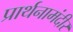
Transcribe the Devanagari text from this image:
प्रार्थनामंदीर